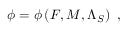
{ \cal \phi } = { \cal \phi } \left( { \cal F } , { \cal M } , { \Lambda _ { S } } \right) \ ,